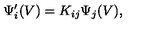
\Psi _ { i } ^ { \prime } ( V ) = K _ { i j } { \Psi } _ { j } ( V ) ,